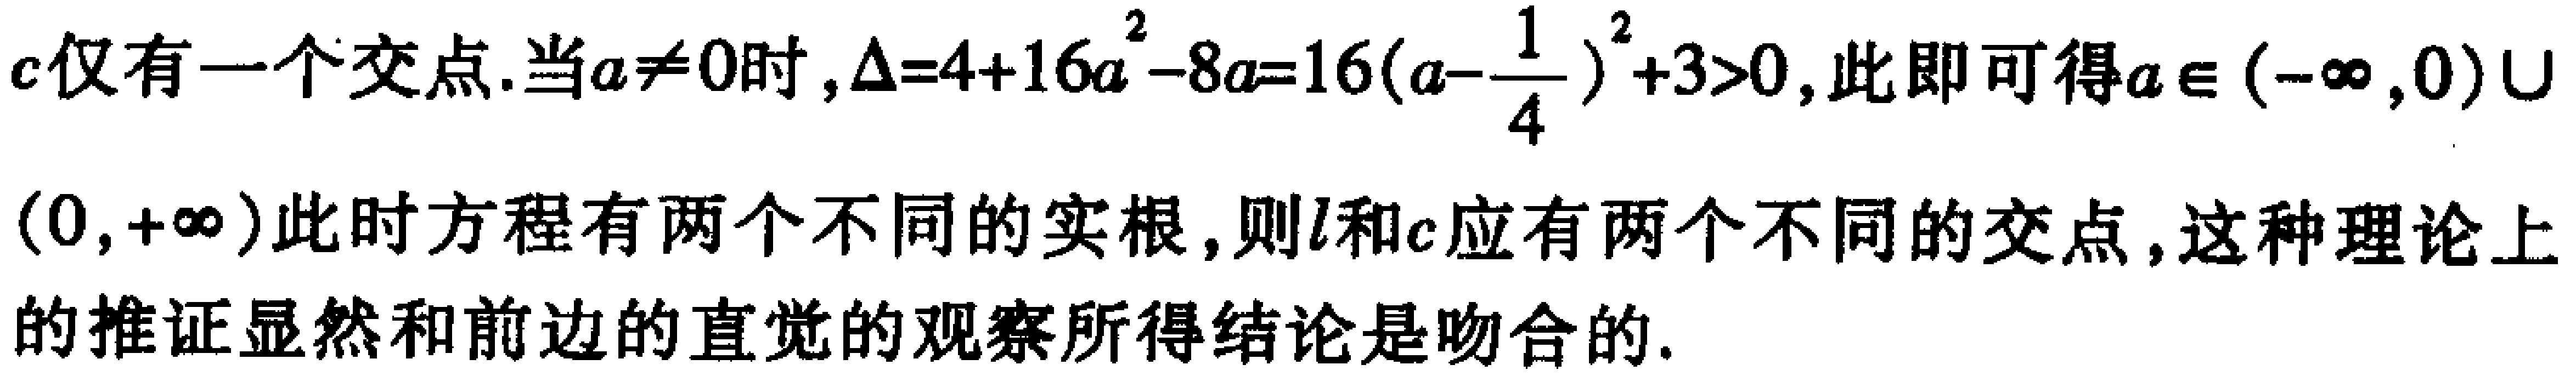
$c仅有一个交点.当a\neq0时,\Delta = 4 + 16a^{2}-8a = 16(a - \frac{1}{4})^{2}+3>0,此即可得a\in(-\infty,0)\cup(0,+\infty)此时方程有两个不同的实根,则l和c应有两个不同的交点,这种理论上的推证显然和前边的直觉的观察所得结论是吻合的.$